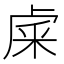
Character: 𥹐